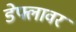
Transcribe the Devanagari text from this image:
डेफ्लावर